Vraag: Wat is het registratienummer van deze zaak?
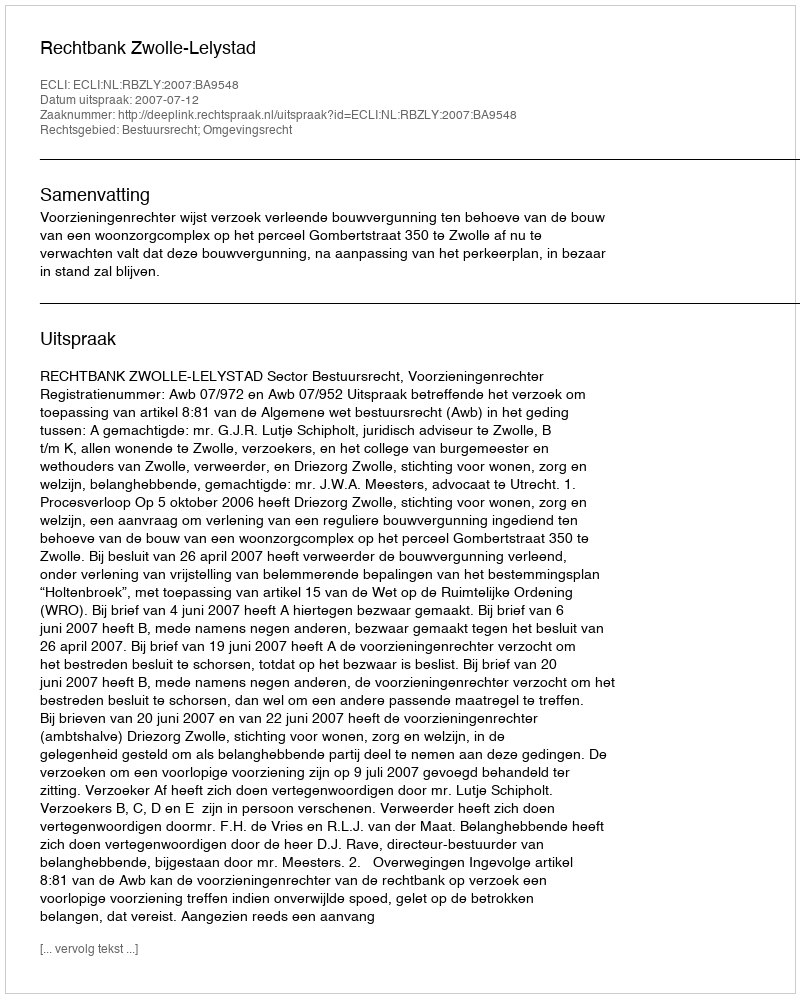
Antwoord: http://deeplink.rechtspraak.nl/uitspraak?id=ECLI:NL:RBZLY:2007:BA9548